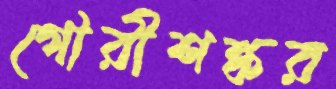
গৌরীশঙ্কর